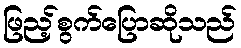
ဖြည့်စွက်ပြောဆိုသည်